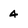
Character: 4